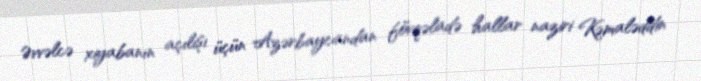
Əvvəlcə xiyabanın açılışı üçün Azərbaycandan fövqəladə hallar naziri Kəmaləddin